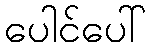
ပေါင်ပေါ်